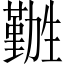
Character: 𫦽